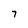
Character: 7